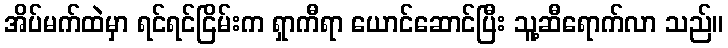
အိပ်မက်ထဲမှာ ရင်ရင်ငြိမ်းက ရှာကီရာ ယောင်ဆောင်ပြီး သူ့ဆီရောက်လာ သည်။